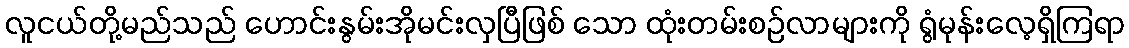
လူငယ်တို့မည်သည် ဟောင်းနွမ်းအိုမင်းလှပြီဖြစ် သော ထုံးတမ်းစဉ်လာများကို ရွံမုန်းလေ့ရှိကြရာ